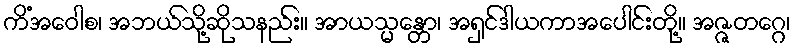
ကိံအဝေါစ၊ အဘယ်သို့ဆိုသနည်း။ အာယသ္မန္တော၊ အရှင်ဒါယကာအပေါင်းတို့။ အဇ္ဇတဂ္ဂေ၊